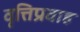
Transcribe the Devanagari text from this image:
वृत्तिप्रवाह